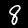
Label: 8